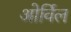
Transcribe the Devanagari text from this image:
ओर्विल